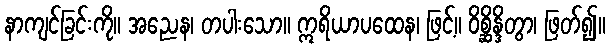
နာကျင်ခြင်းကို။ အညေန၊ တပါးသော။ ဣရိယာပထေန၊ ဖြင့်။ ဝိစ္ဆိန္ဒိတွာ၊ ဖြတ်၍။